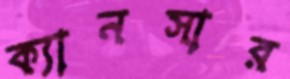
ক্যানসার